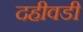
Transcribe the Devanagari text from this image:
दहीवडी